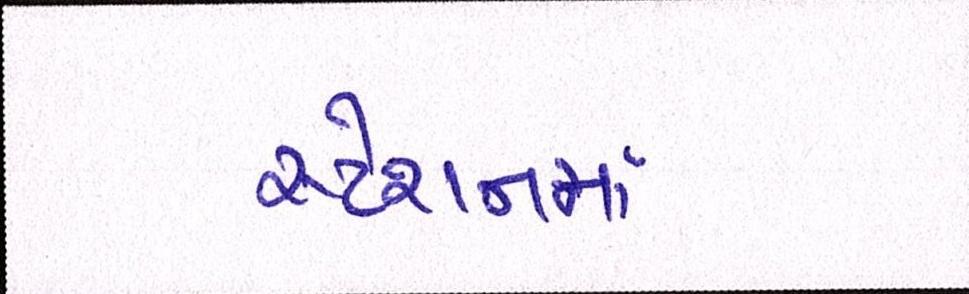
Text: સ્ટેશનમાં